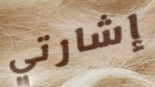
إشارتي